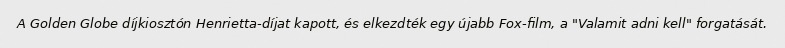
A Golden Globe díjkiosztón Henrietta-díjat kapott, és elkezdték egy újabb Fox-film, a "Valamit adni kell" forgatását.